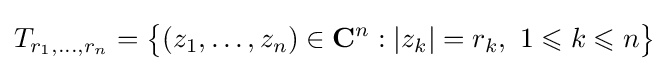
T_{r_{1},\ldots ,r_{n}}={\bigl \{}(z_{1},\ldots ,z_{n})\in \mathbf {C} ^{n}:|z_{k}|=r_{k},~1\leqslant k\leqslant n{\bigr \}}